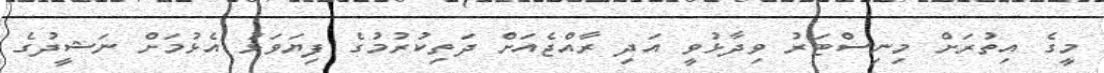
މީގެ އިތުރަށް މިނިސްޓަރު ވިދާޅުވީ އަދި ރާއްޖެއަށް ދަތިކުރުމުގެ ފިޔަވަޅު އެޅުމަށް ނަޝީދުގެ